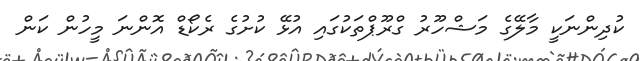
ކުދިންނަކީ މާލޭގެ މަޝްހޫރު ގްރޫޕްތަކުގައި އުޅޭ ކުށުގެ ރެކޯޑް އޮންނަ މީހުން ކަން